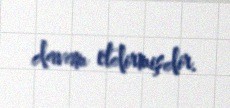
davam etdirmişdir.